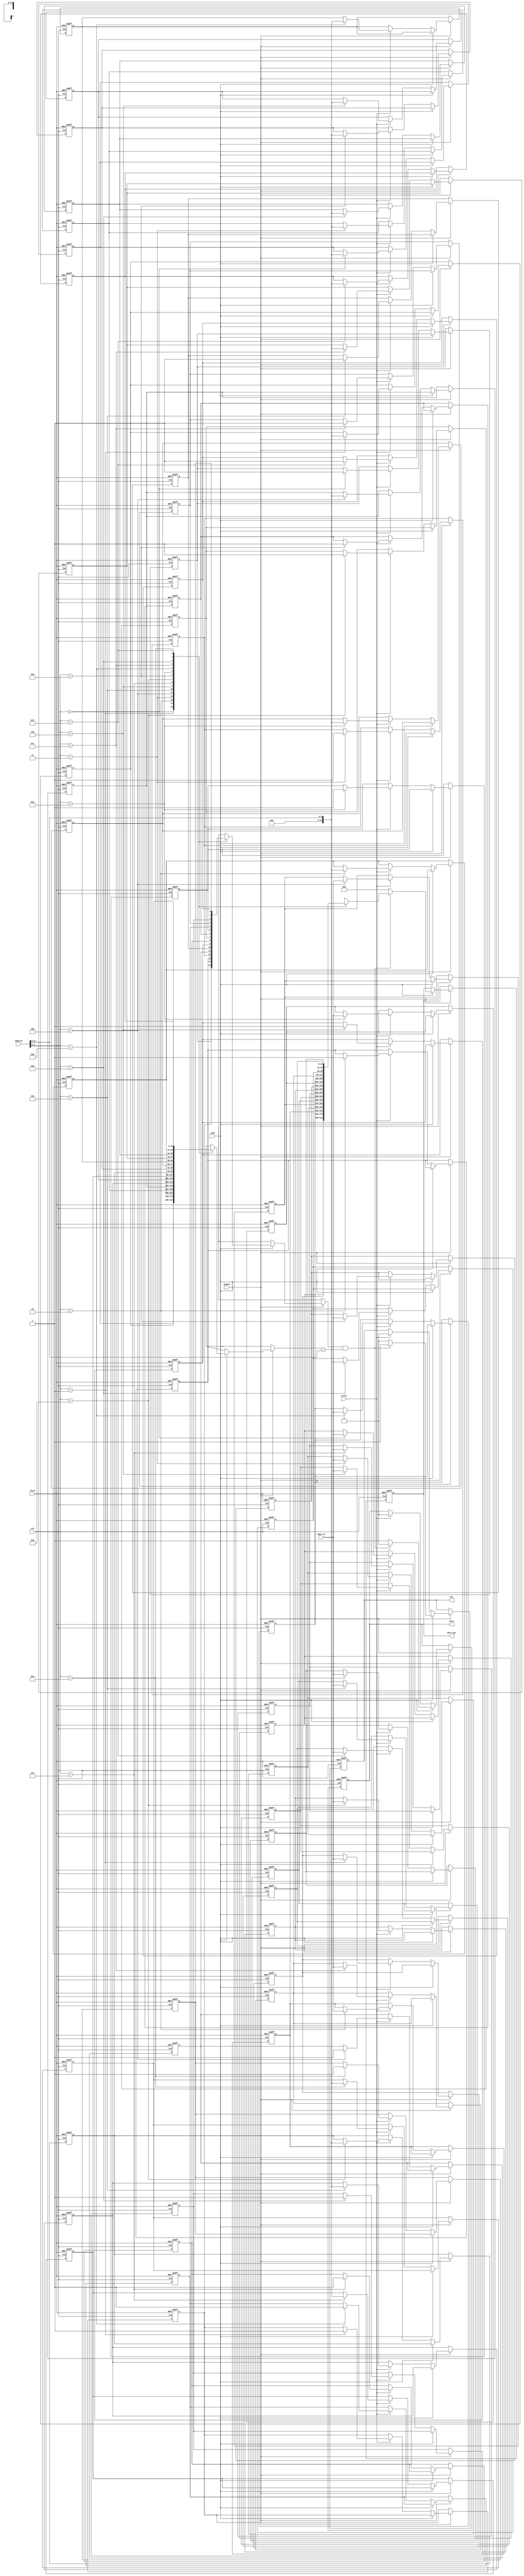
module InstructionCache #(
    parameter CACHE_SIZE = 16, // Number of lines (4KB / 32B)
    parameter BLOCK_SIZE = 32,  // Block size in bytes
    parameter ADDR_WIDTH = 12    // Address width (for 4KB)
)(
    input wire clk,
    input wire reset,
    input wire [ADDR_WIDTH-1:0] address, // Address input
    input wire read,                     // Read control signal
    input wire write,                    // Write control signal
    input wire enable,                   // Enable signal
    input wire [BLOCK_SIZE-1:0] data_in, // Data input for write
    output reg [BLOCK_SIZE-1:0] data_out, // Data output
    output reg hit,                     // Hit signal
    output reg miss                     // Miss signal
);

    // Cache line structure
    reg [ADDR_WIDTH-1:0] tag [0:CACHE_SIZE-1]; // Tag storage
    reg [BLOCK_SIZE-1:0] data [0:CACHE_SIZE-1]; // Data storage
    reg valid [0:CACHE_SIZE-1]; // Valid bits

    // Calculate index and tag from address
    wire [ADDR_WIDTH-1:0] index = address[ADDR_WIDTH-1:0]; // Direct mapping
    wire [ADDR_WIDTH-1:0] tag_in = address[ADDR_WIDTH-1:ADDR_WIDTH-1-($clog2(CACHE_SIZE)-1)];

    integer i;

    // Cache operation
    always @(posedge clk or posedge reset) begin
        if (reset) begin
            // Reset cache
            for (i = 0; i < CACHE_SIZE; i = i + 1) begin
                valid[i] <= 1'b0;
                tag[i] <= {ADDR_WIDTH{1'b0}};
                data[i] <= {BLOCK_SIZE{1'b0}};
            end
            hit <= 1'b0;
            miss <= 1'b0;
            data_out <= {BLOCK_SIZE{1'b0}};
        end else if (enable) begin
            if (read) begin
                // Read operation
                if (valid[index] && (tag[index] == tag_in)) begin
                    // Cache hit
                    hit <= 1'b1;
                    miss <= 1'b0;
                    data_out <= data[index];
                end else begin
                    // Cache miss
                    hit <= 1'b0;
                    miss <= 1'b1;
                    data_out <= {BLOCK_SIZE{1'b0}}; // Or fetch from memory
                end
            end else if (write) begin
                // Write operation
                valid[index] <= 1'b1;
                tag[index] <= tag_in;
                data[index] <= data_in;
                hit <= 1'b0;
                miss <= 1'b0;
            end
        end
    end

endmodule